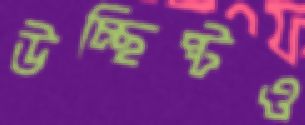
উচ্ছিষ্টও